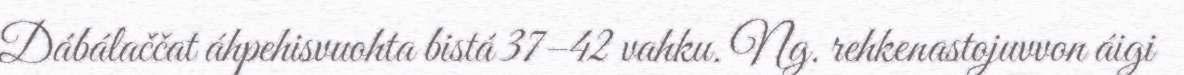
Dábálaččat áhpehisvuohta bistá 37–42 vahku. Ng. rehkenastojuvvon áigi